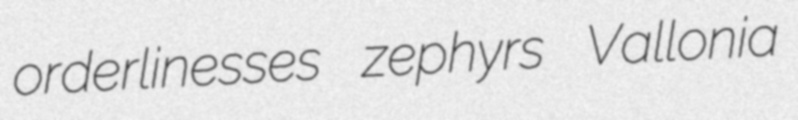
orderlinesses zephyrs Vallonia